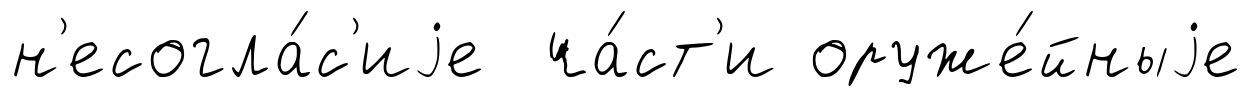
н'есогла́с'иjе ча́ст'и оруже́йныjе